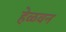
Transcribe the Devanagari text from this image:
हेळवन